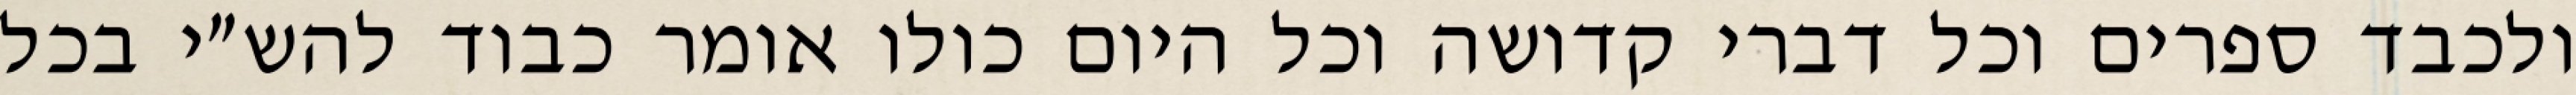
ולכבד ספרים וכל דברי קדושה וכל היום כולו אומר כבוד להש״י בכל